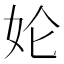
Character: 𱙇